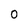
Character: 0